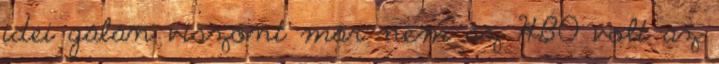
idei gálán viszont már nem az HBO volt az